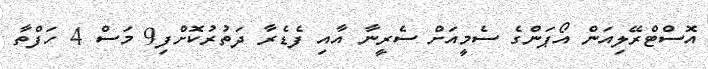
އޮސްޓްރޭލިއަން އޯޕަންގެ ސެމީއަށް ސެރީނާ އާއި ފެޑެރާ ދަތުރުކޮށްފި9 މަސް 4 ހަފްތާ